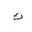
Letter: _kaf